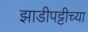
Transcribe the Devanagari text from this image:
झाडीपट्टीच्या